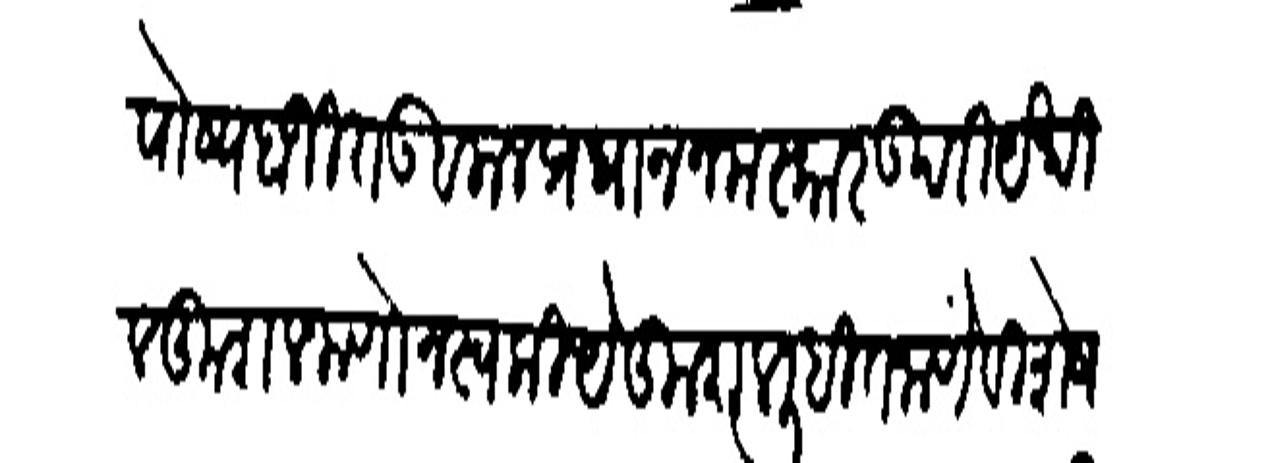
Transliteration (Devanagari): पोष्य बाजीराऊ बलाल प्रधान नमस्कार उपरि येथील कुशल जाणोन स्वकीये कुझल लिहित जाणें विश्येष